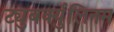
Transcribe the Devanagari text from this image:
ट्युबर्क्युलिनम